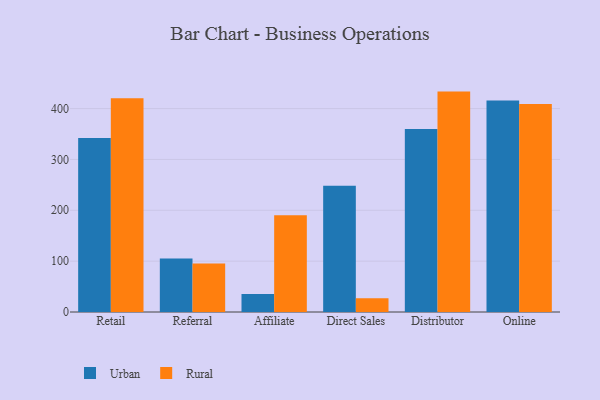
{"axis": {"x": "Channel", "y": "Backlog"}, "legend": ["Rural", "Urban"], "data": [{"x": "Retail", "y": 342.2, "type": "Urban"}, {"x": "Retail", "y": 420.2, "type": "Rural"}, {"x": "Referral", "y": 105.3, "type": "Urban"}, {"x": "Referral", "y": 95.2, "type": "Rural"}, {"x": "Affiliate", "y": 35.5, "type": "Urban"}, {"x": "Affiliate", "y": 190.3, "type": "Rural"}, {"x": "Direct Sales", "y": 248.2, "type": "Urban"}, {"x": "Direct Sales", "y": 26.9, "type": "Rural"}, {"x": "Distributor", "y": 360.0, "type": "Urban"}, {"x": "Distributor", "y": 433.4, "type": "Rural"}, {"x": "Online", "y": 415.8, "type": "Urban"}, {"x": "Online", "y": 409.1, "type": "Rural"}]}